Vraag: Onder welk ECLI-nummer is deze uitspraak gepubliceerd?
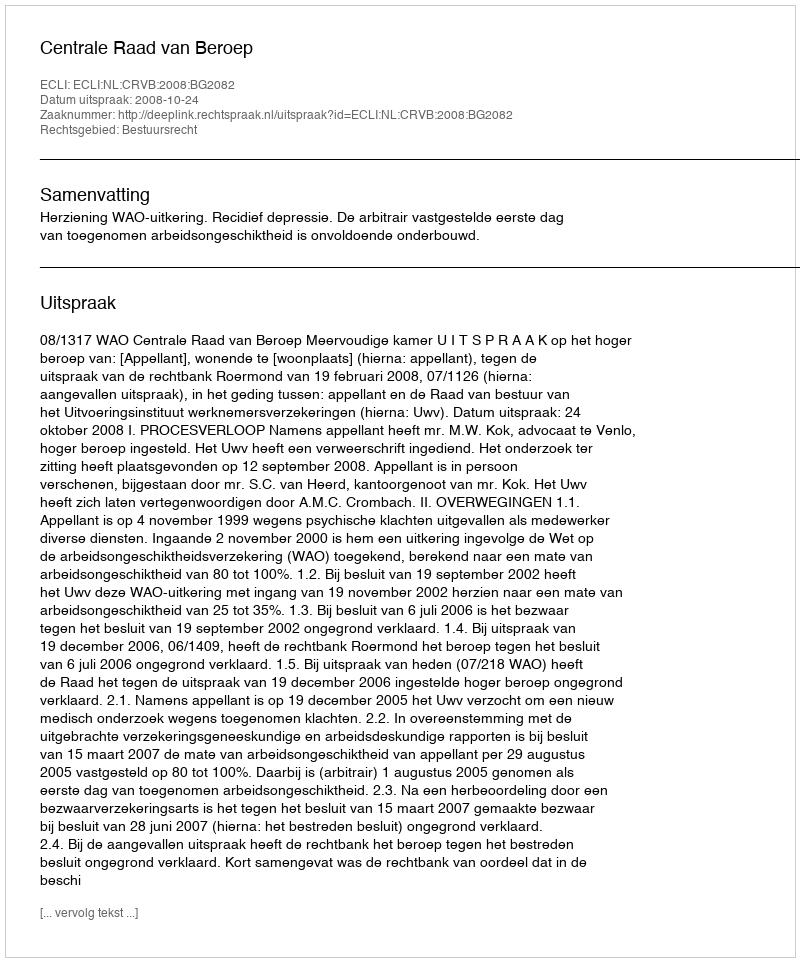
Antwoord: ECLI:NL:CRVB:2008:BG2082